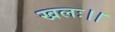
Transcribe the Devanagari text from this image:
खलः।।